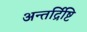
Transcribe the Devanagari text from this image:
अन्तर्द्रिष्टि